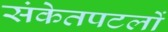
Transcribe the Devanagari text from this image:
संकेतपटलों